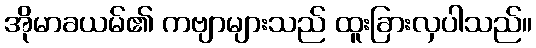
အိုမာခယမ်၏ ကဗျာများသည် ထူးခြားလှပါသည်။